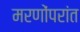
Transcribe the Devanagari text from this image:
मरणोंपरांत